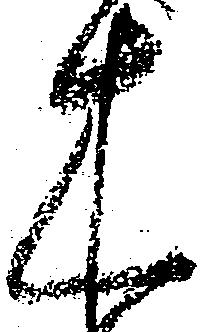
木